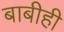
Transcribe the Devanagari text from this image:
बाबीही